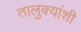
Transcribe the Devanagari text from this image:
तालुक्यांशी